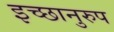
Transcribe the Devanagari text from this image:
इच्छानुरुप